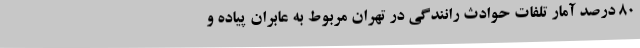
80 درصد آمار تلفات حوادث رانندگی در تهران مربوط به عابران پیاده و